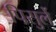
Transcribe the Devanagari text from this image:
पिसुर्ले